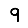
Digit: 9